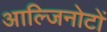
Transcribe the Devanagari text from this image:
आल्जिनोटों